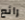
رائع